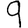
Digit: 9